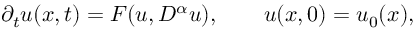
{ \partial _ { t } } u ( x , t ) = F ( u , { D ^ { \alpha } } u ) , \qquad u ( x , 0 ) = { u _ { 0 } } ( x ) ,